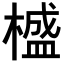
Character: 𣛮